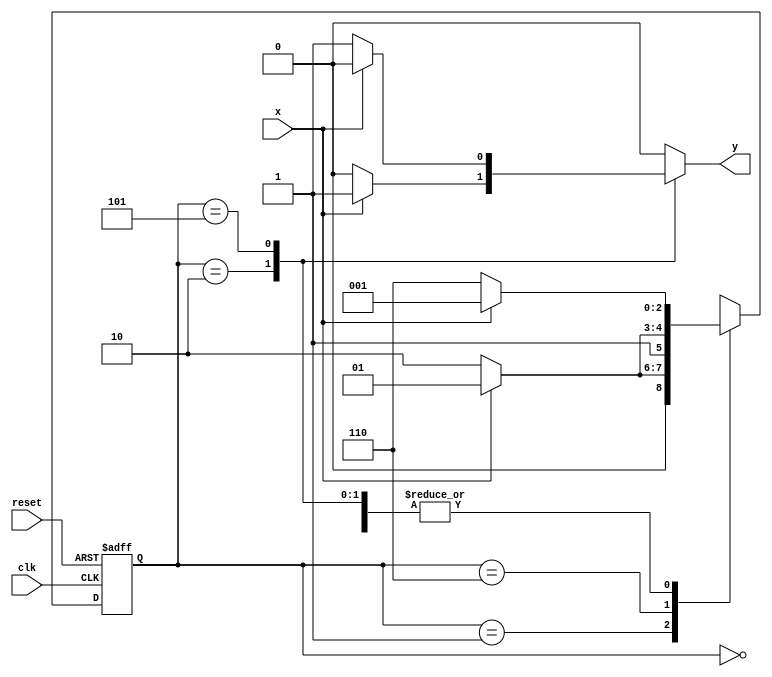
// Guia 10
// Karen Alves Pereira

// ---Exercicio 05 

 `define found    1
 `define notfound 0


  module exercicio5 ( y, x, clk, reset );

	output y;
	input  x;
	input  clk;
	input  reset;

	reg    y;

	parameter     
		start  = 3'b000,
		id1    = 3'b001,
		id0    = 3'b110,
		id10   = 3'b010,
		id01   = 3'b101;

	reg [2:0] E1;
	reg [2:0] E2;	

	// next state logic
   always @( x or E1 )
		begin
		y = `notfound;

		case ( E1 )
			start:
				if ( x )
					E2 = id1;
				else
					E2 = id0;
				
			id1:
				if ( x )
					E2 = id1;
				else
					E2 = id10;

			id10:
				if ( x )
				begin
					E2 =  id1;
					y  = `found;
				end
				else
				begin
					E2 =  id0;
					y  = `notfound;
				end
			
			id0:
				if ( x )
					E2 = id01;
				else
					E2 = id0;

			id01:
				if ( x )
				begin
					E2 =  id1;
					y  = `notfound;
				end
				else
				begin
					E2 =  id0;
					y  = `found;
				end
	 
			default:   
				E2 =  3'bxxx;
		endcase
	  
		end 		

	
		always @( posedge clk or negedge reset )
		begin
			if ( reset )
				E1 = E2;    
							else
				E1 = 0;    
		end 

 endmodule 

// --------------------
// --- TESTE
// --------------------

 module testexercicio5;
	
	reg   clk, reset, x;
	wire  m1;

	exercicio5 M5( m1, x, clk, reset );

	initial
	begin
	 	$display("Karen Alves Pereira" );
		$display("Time\tX   Seq 101|010" );

		 clk   = 1;
       reset = 0;
       x     = 0;

	   #10   reset = 1;
		#10  x = 1;
		#10  x = 0;
		#10  x = 0;
		#10  x = 1;
		#10  x = 0;
		#10  x = 0;
		#10  x = 1;
		#10  x = 0;
		#10  x = 1;
		#10  x = 0;
		#10  x = 0;
		#10  x = 1;
		#10  x = 1;
		#10  x = 0;
		#10  x = 1;
		#10  x = 0;
		#10  x = 0;
		#10  x = 0;
		
		#5 $finish;
	
	end 

	always
		#5 clk = ~clk;

	always @( posedge clk )
	begin
		$display ( "%4d \t%b\t%b", $time, x, m1);
		
	end
endmodule